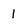
Character: 1